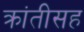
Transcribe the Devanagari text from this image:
क्रांतीसह